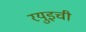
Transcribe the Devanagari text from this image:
रयुइची